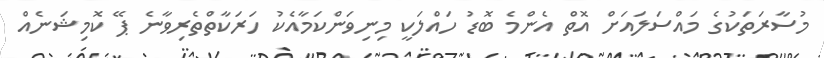
މުސާރަތަކުގެ މައްސަލައަށް އޮތް އެންމެ ބޮޑު ހައްލަކީ މިނިވަންކަމާއެކު ހަރަކާތްތެރިވާނެ ޕޭ ކޮމިޝަނެއް